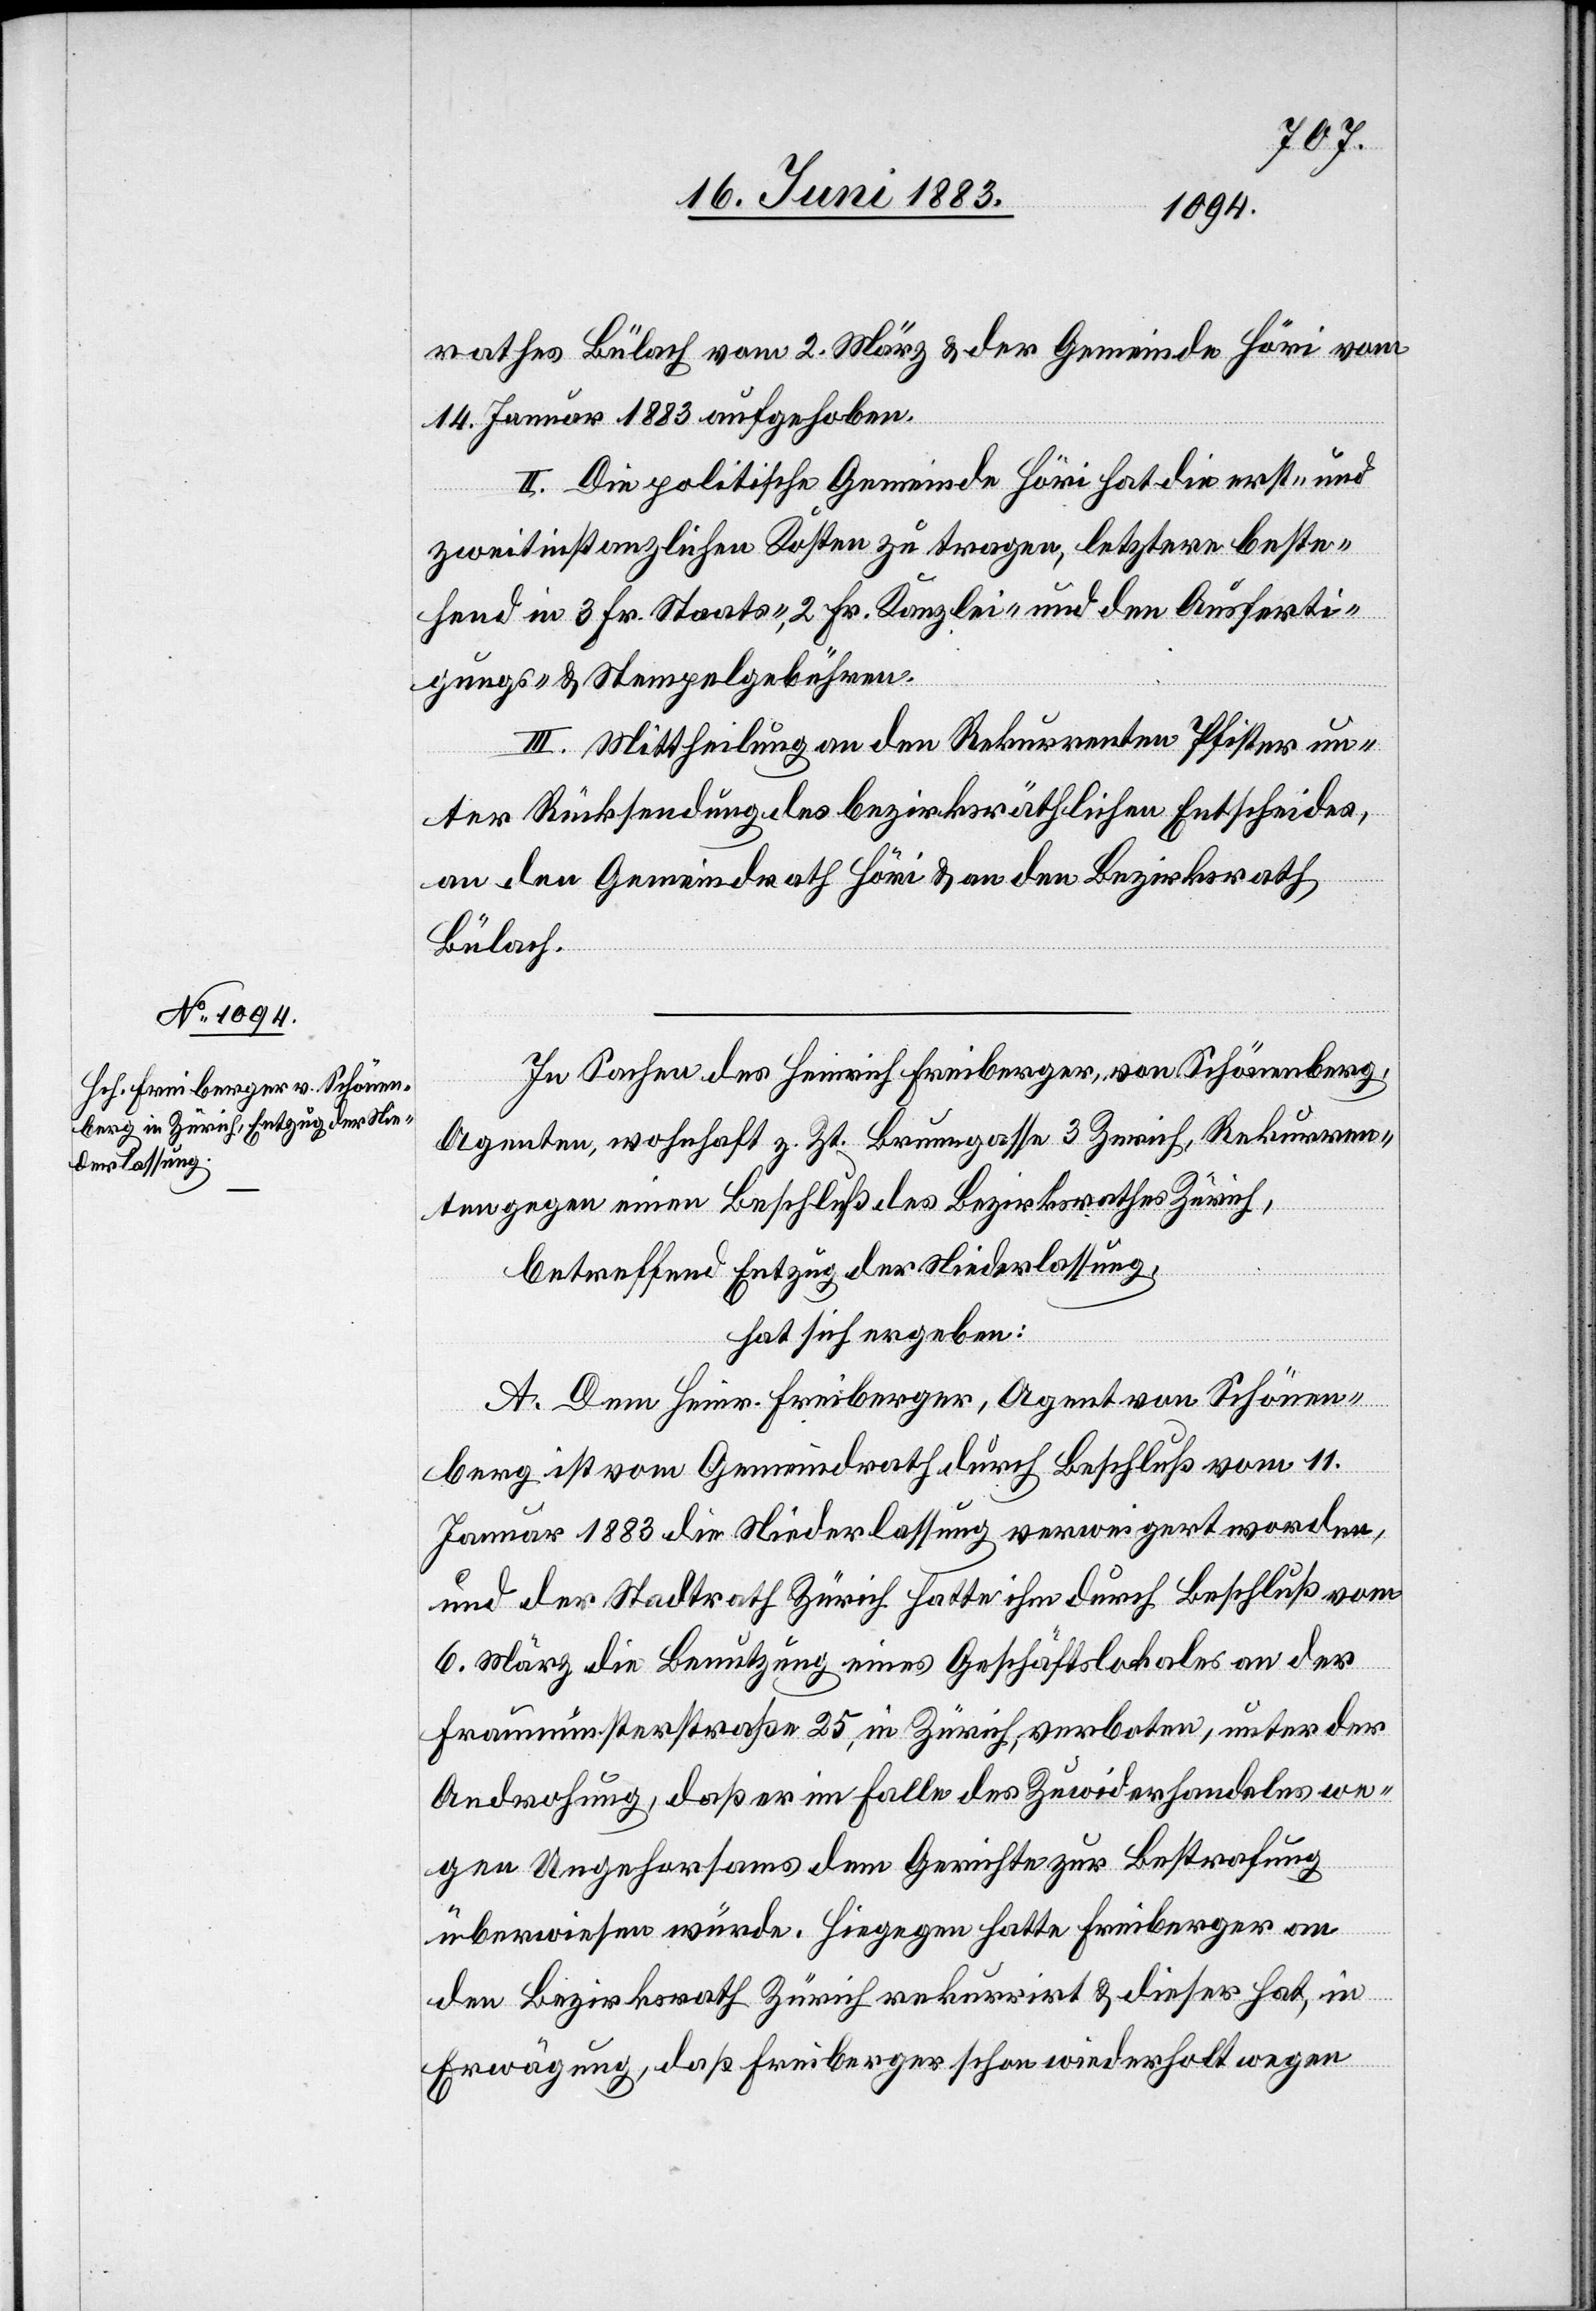
rathes Bülach vom 2. März & der Gemeinde Höri vom
14. Januar 1883 aufgehoben.
II. Die politische Gemeinde Höri hat die erst- und
zweitinstanzliche Kosten zu tragen, letztere beste¬
hend in 3 Fr. Staats-, 2 Fr. Kanzlei- und den Ausferti¬
gungs- und Stempelgebühren.
III. Mittheilung an den Rekurrenten Pfister un¬
ter Rücksendung des bezirksräthlichen Entscheides,
an den Gemeindrath Höri & an den Bezirksrath
Bülach.
In Sachen des Heinrich Freiberger von Schönenberg,
Agenten, wohnhaft z. Zt. Brunngasse 3 Zurich [sic!], Rekurren¬
ten gegen einen Beschluß des Bezirksrathes Zürich,
betreffend Entzug der Niederlassung,
hat sich ergeben:
A. Dem Heinr. Freiberger, Agent von Schönen¬
berg ist vom Gemeindrath durch Beschluß vom 11.
Januar 1883 die Niederlassung verweigert worden,
und der Stadtrath Zürich hatte ihm durch Beschluß vom
6. März die Benutzung eines Geschäftslokales an der
Fraumünsterstraße 25, in Zürich, verboten, unter der
Androhung, daß er im Falle des Zuwiderhandelns we¬
gen Ungehorsams dem Gerichte zur Bestrafung
überwiesen würde. Hiegegen hatte Freiberger an
den Bezirksrath Zürich rekurrirt & dieser hat in
Erwägung, daß Freiberger schon wiederholt wegen